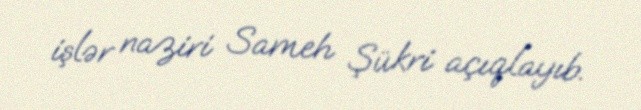
işlər naziri Sameh Şükri açıqlayıb.